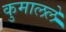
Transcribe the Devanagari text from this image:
कुमालले